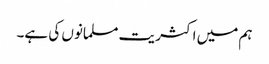
ہم میں اکثریت مسلمانوں کی ہے۔